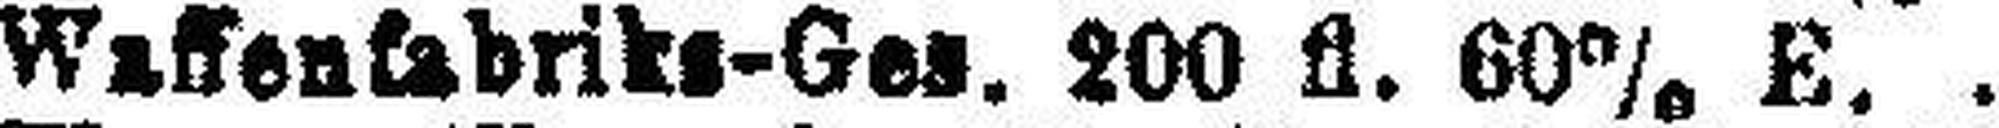
Waffenfabriks-Ges. 200 fl. 60% E.